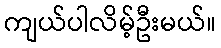
ကျယ်ပါလိမ့်ဦးမယ်။